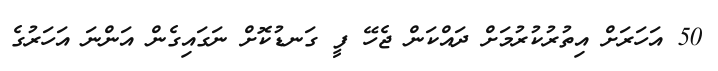
50 އަހަރަށް އިތުރުކުރުމަށް ދައްކަން ޖެހޭ ފީ ގަނޑުކޮށް ނަގައިގެން އަންނަ އަހަރުގެ